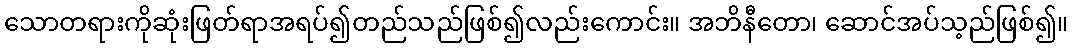
သောတရားကိုဆုံးဖြတ်ရာအရပ်၍တည်သည်ဖြစ်၍လည်းကောင်း။ အဘိနီတော၊ ဆောင်အပ်သ့ည်ဖြစ်၍။